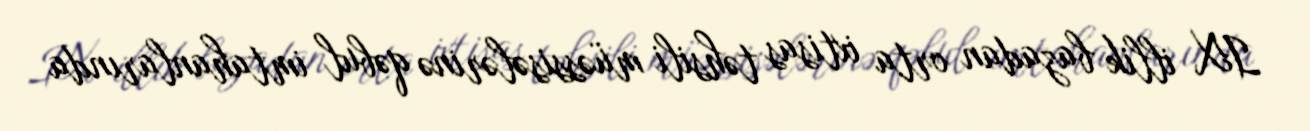
IX illik bazadan orta ixtisas təhsili müəssisələrinə qəbul imtahanlarında